Annual report of the Civil Veterinary Department, Bengal, for the year 1897-98 - 1897-1898
Year: 1897
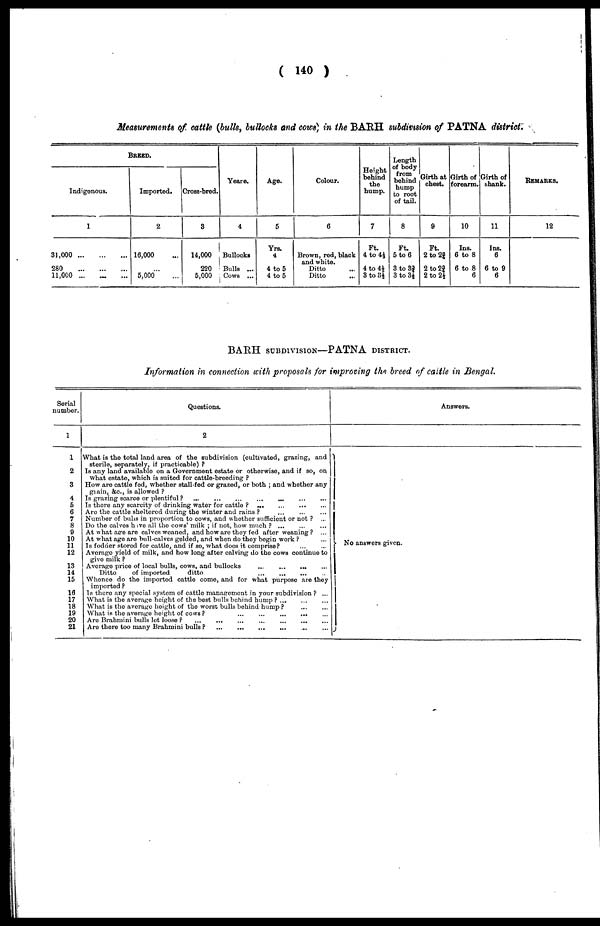
( 140 )
Measurements of cattle (bulls, bullocks and cows) in the BARH subdivision of PATNA district.
BREED.
Indigenous.
1
31,000
...
...
...
280
...
...
...
11,000 ... ... ...
Imported.
2
16,000
5,000
Cross-bred.
3
14,000
220
5,000
Yeare.
4
Bullocks
Bulls ...
Cows ...
Age.
5
Yrs.
4
4 to 5
4 to 5
Colour.
6
Brown, red, black
and white.
Ditto
Ditto
Height
behind
the
hump.
7
Ft.
4 to 4½
4 to 4½
3 to 3½
Length
of body
from
behind
hump
to root
of tail.
8
Ft.
5 to 6
3 to 3¾
3 to 3½
Girth at
chest.
9
Ft.
2 to 2¾
2 to 2¾
2 to 2½
Girth of
forearm.
10
Ins.
6 to 8
6 to 8
6
Girth of
shank.
11
Ins.
6
6 to 9
6
REMARKS.
12
BARH SUBDIVISION—PATNA DISTRICT.
Information in connection with proposals for improving the breed of cattle in Bengal.
Serial
number.
1
1
2
3
4
5
6
7
8
9
10
11
12
13
14
15
16
17
18
19
20
21
Questions.
2
What is the total land area of the subdivision (cultivated, grazing, and
sterile, separately, if practicable) ?
Is any land available on a Government estate or otherwise, and if so, on
what estate, which is suited for cattle-breeding ?
How are cattle fed, whether stall-fed or grazed, or both ; and whether any
grain, &c., is allowed ?
Is grazing scarce or plentiful ? ... ... ...
Is there any scarcity of drinking water for cattle ? ... ... ...
Are the cattle sheltered during the winter and rains ? ... ... ...
Number of bulls in proportion to cows, and whether sufficient or not ? ...
Do the calves have all the cows' milk ; if not, how much ?
...
...
...
At what age are calves weaned, and how are they fed after weaning? ...
At what age are bull-calves gelded, and when do they begin work ? ...
Is fodder stored for cattle, and if so, what does it comprise? ... ...
Average yield of milk, and how long after calving do the cows continue to
give milk ?
Average price of local bulls, cows, and bullocks
....
...
...
...
Ditto
of imported
ditto
... ... ... ...
Whence do the imported cattle come, and for what purpose are they
imported ?
Is there any special system of cattle management in your subdivision ? ...
What is the average height of the best bulls behind hump ? ... ... ...
What is the average height of the worst bulls behind hump ? ... ...
What is the average height of cows ?
...
...
...
...
...
Are Brahmini bulls let loose ? ... ... ... ... ... ... ...
Are there too many Brahmini bulls ?
...
...
...
...
...
...
Answers.
No answers given.
J